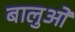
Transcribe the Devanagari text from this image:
बालुओं